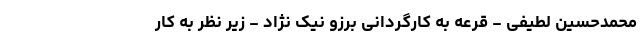
محمدحسین لطیفی - قرعه به کارگردانی برزو نیک نژاد - زیر نظر به کار